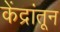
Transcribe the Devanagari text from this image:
केंद्रांतून